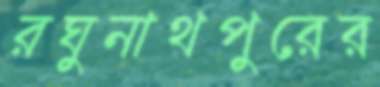
রঘুনাথপুরের